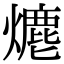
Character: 𤏶